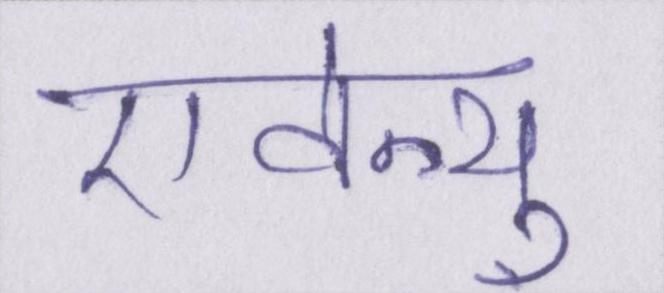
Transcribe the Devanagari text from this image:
एवेन्यू